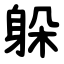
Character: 躲